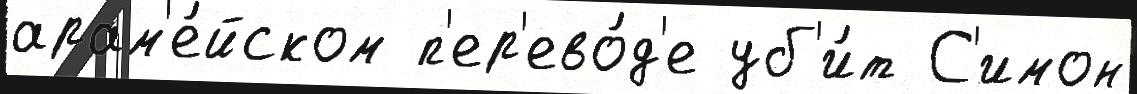
арам'е́йском п'ер'ево́д'е уб'и́т С'имон